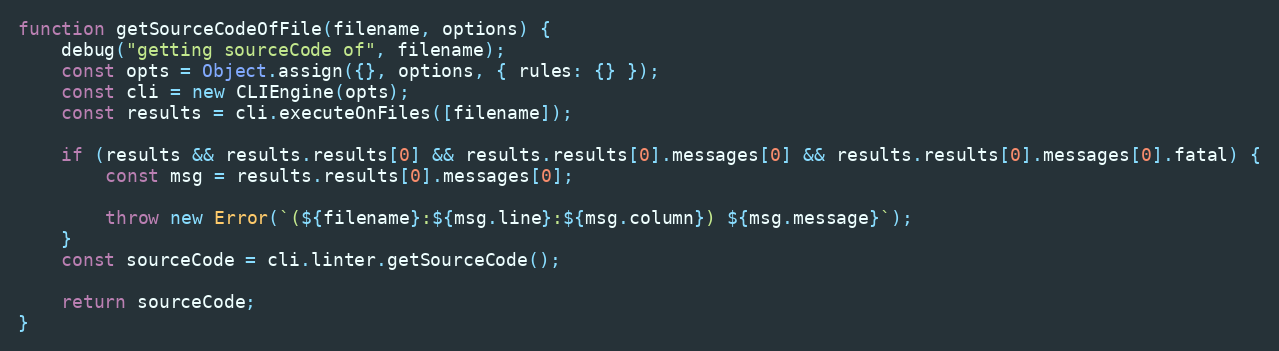
Language: JavaScript
function getSourceCodeOfFile(filename, options) {
    debug("getting sourceCode of", filename);
    const opts = Object.assign({}, options, { rules: {} });
    const cli = new CLIEngine(opts);
    const results = cli.executeOnFiles([filename]);

    if (results && results.results[0] && results.results[0].messages[0] && results.results[0].messages[0].fatal) {
        const msg = results.results[0].messages[0];

        throw new Error(`(${filename}:${msg.line}:${msg.column}) ${msg.message}`);
    }
    const sourceCode = cli.linter.getSourceCode();

    return sourceCode;
}